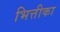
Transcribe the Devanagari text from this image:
भित्तीका